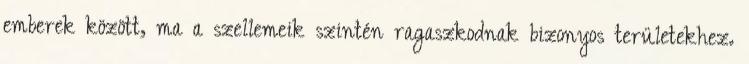
emberek között, ma a szellemeik szintén ragaszkodnak bizonyos területekhez.